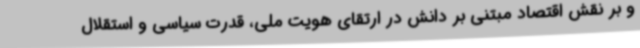
و بر نقش اقتصاد مبتنی بر دانش در ارتقای هویت ملی، قدرت سیاسی و استقلال